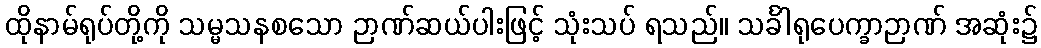
ထိုနာမ်ရုပ်တို့ကို သမ္မသနစသော ဉာဏ်ဆယ်ပါးဖြင့် သုံးသပ် ရသည်။ သင်္ခါရုပေက္ခာဉာဏ် အဆုံး၌